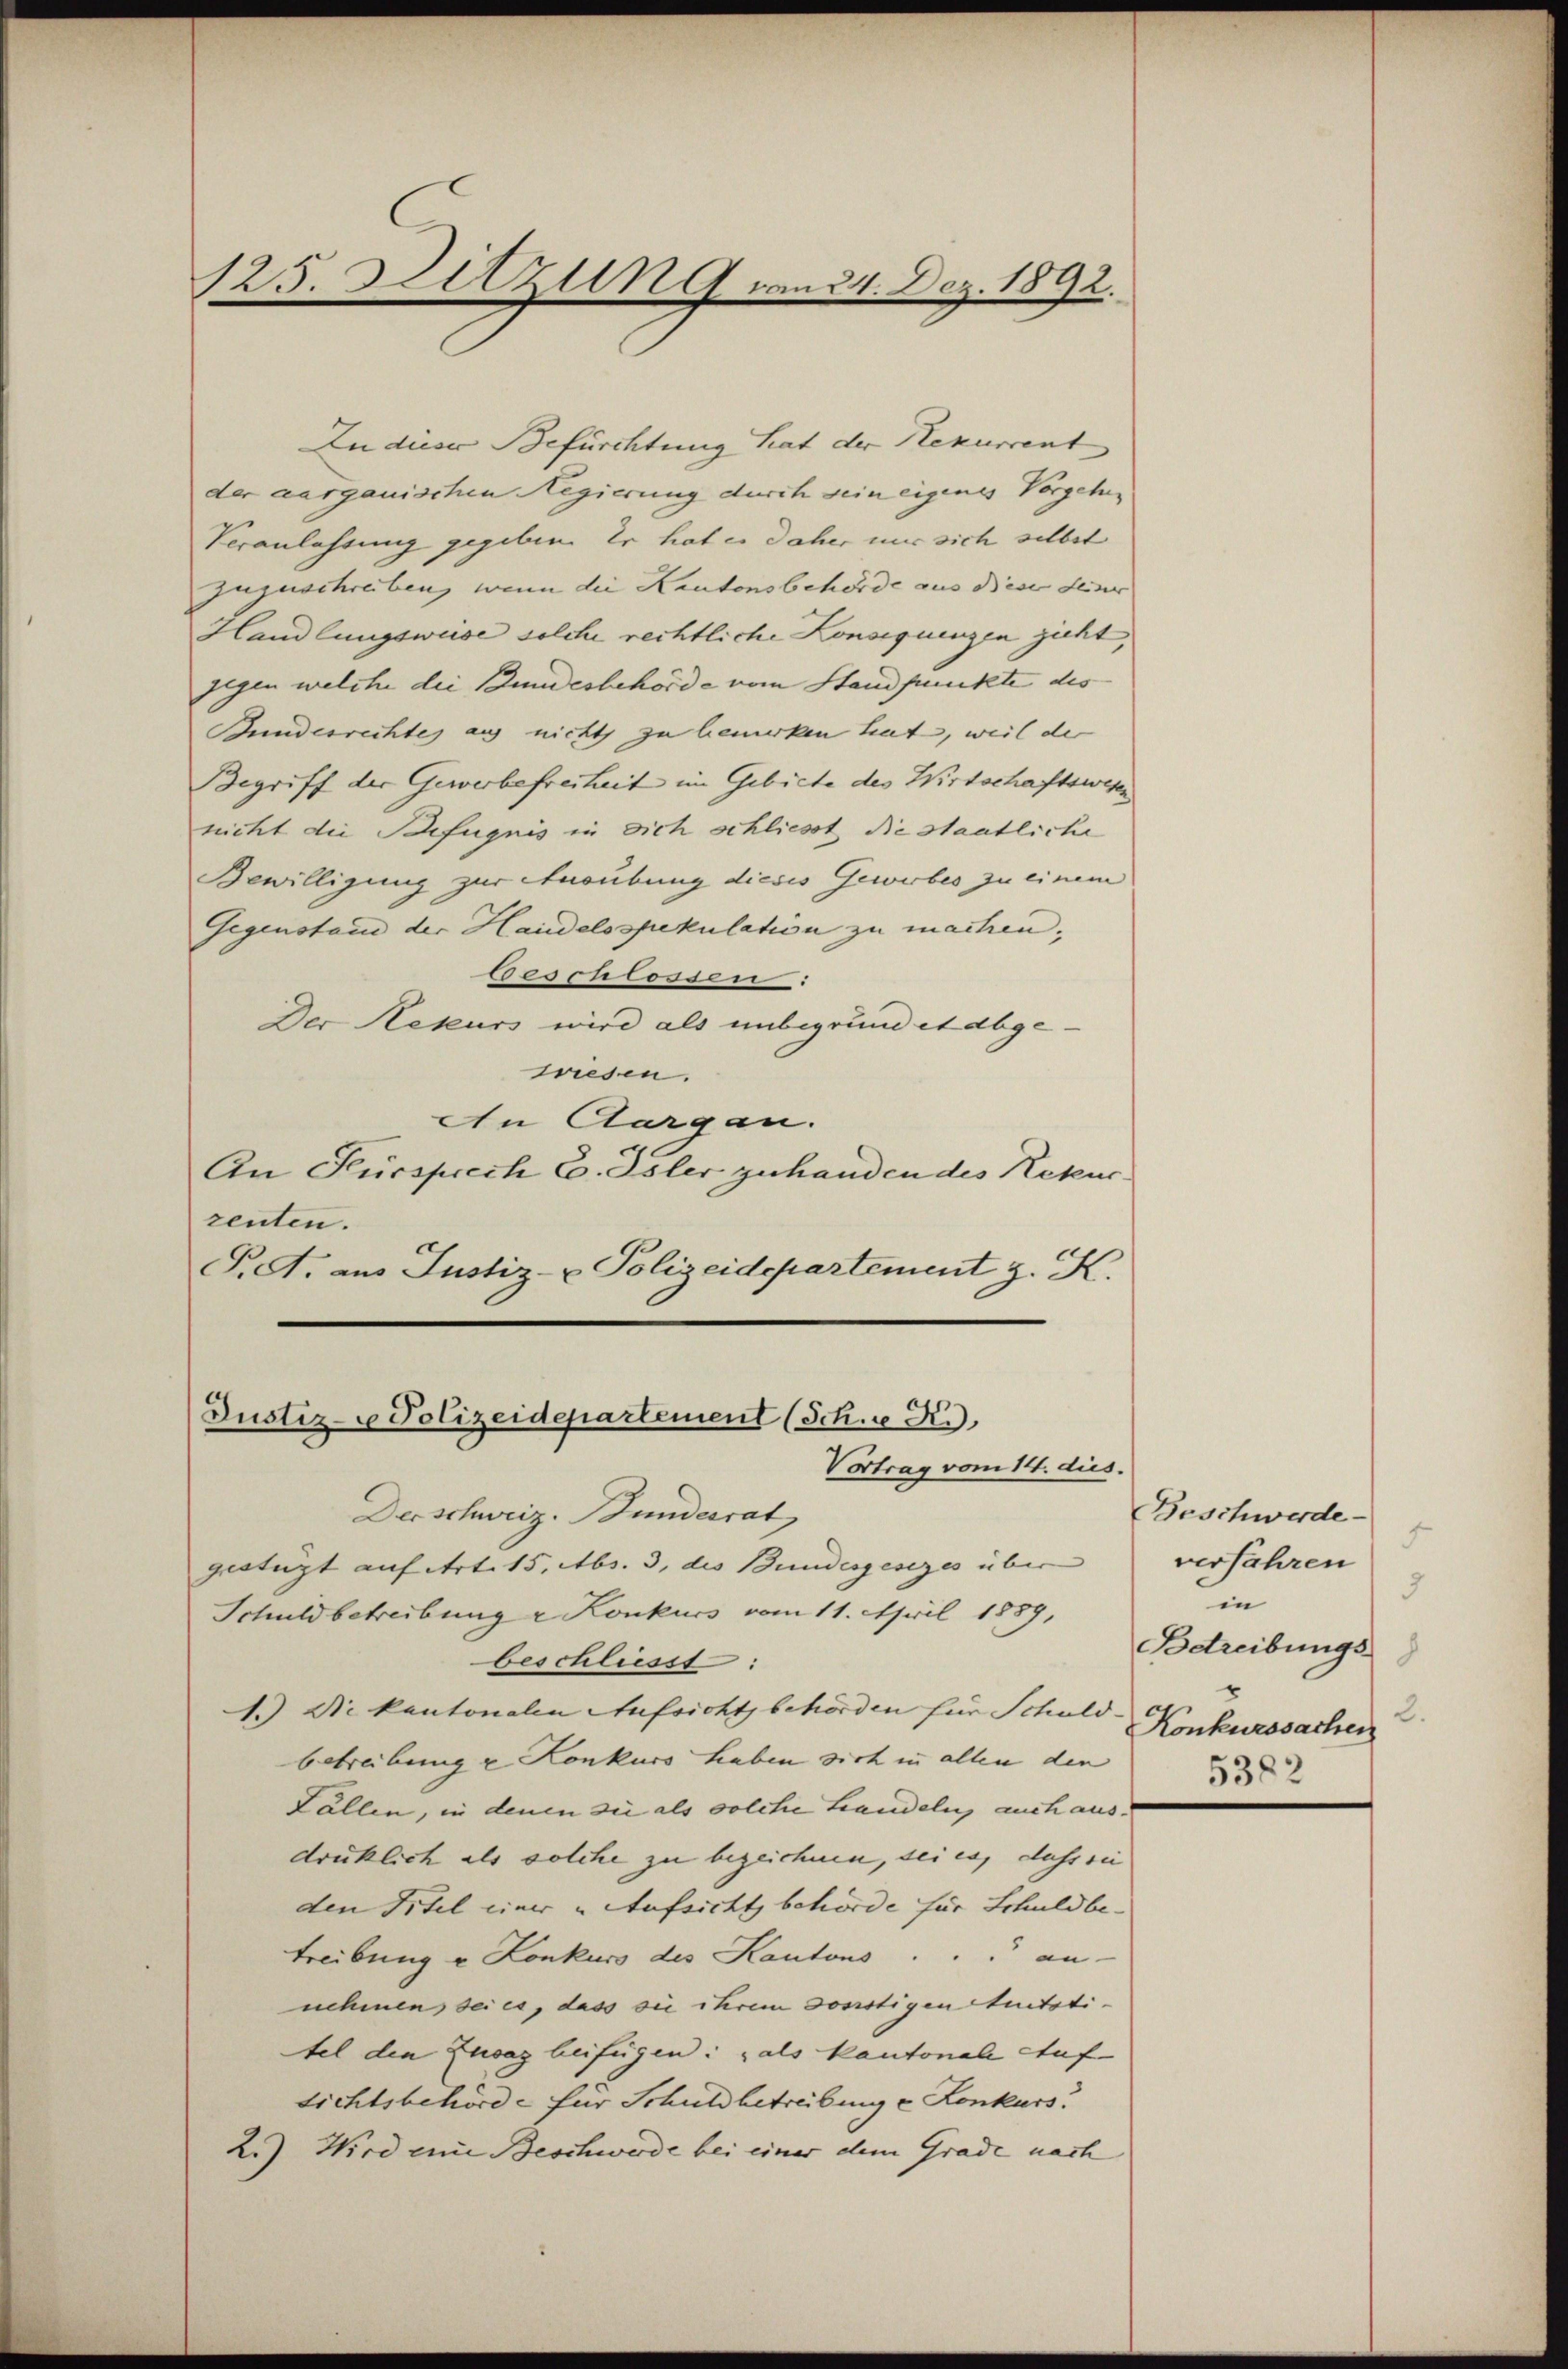
125. Sitzung von 24. Dez. 1892.

Ludice Befürchtung hat der Rekurrent
der aargauischen Regierung durch sein eigenes Vorgehen
Veranlassung gegeben. Er hat es daher nur sich selbst
zuzuschreiben, wenn die Kantonsbehörde aus dieser dener
Handlungsweise solche rechtliche Konsequenzen zieht,
gegen welche die Bundesbehörde vom Standpunkte des
Bundesrechtes aus nichts zu bemerken hat, weil der
Begriff der Gewerbefreiheit im Gebiete des Wirtschaftswesen
nicht die Befugnis in sich schliesst die Staatliche
Bewilligung zur Ausübung dieses Gewerbes zu einem
Gegenstand der Handelsspekulation zu machen.
ceschlossen:
Der Rekurs wird als unbegrund et abge-
wiesen.
An Aargau.
An Fürsprech Co. Isler zuhanden des Rekur
zenten.
P.A. aus Justiz- & Polizeidepartement z. K.

Justiz- u Polizeidepartement (Sch. R.
Vortrag vom 14. dies
Derschweiz. Bundesrat

gestüzt auf Art. 15, Abs. 3. des Bundesgesezes über
Schuldbetreibung v. Konkurs vom 11. April 1889,
beschliesst:
1.) Die kantonalen Aufsichtsbehörden für Schuldbetreibung z. Konkurs haben sich in allen den
Fällen, in denen sie als solche Handeln, auch aus.
drücklich als solche zu bezeichnen, sei es, dass sie
den Titel einer „Aufsicht behörde für Schuldbean
Treibung u Konkurs des Kantons
nehmen, sei es, dass sie ihrem Sonstigen Stuitati-
tel den Zusag beifügen: als Kantonale Aufsichtsbehörde für Schuldbetreibung e Konkurs.
2.) Wird eine Beschwerde bei einer dem Grade nach

Beschwerde.
.
verfahren
3
in
Betreibungs
2.
Konkurssachen
5382